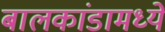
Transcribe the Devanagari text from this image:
बालकांडामध्ये